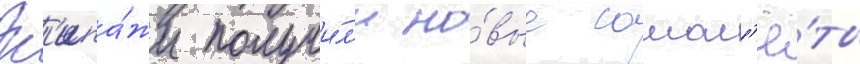
Эк'ипа́жи получи́л'и но́вые самол'ё́ты